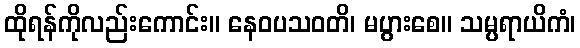
ထိုရန်ကိုလည်းကောင်း။ နေဝပသဝတိ၊ မပွားစေ။ သမ္ပရာယိကံ၊